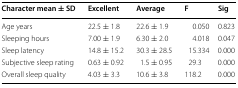
<table><thead><tr><td><b>Character mean ± SD</b></td><td><b>Excellent</b></td><td><b>Average</b></td><td><b>F</b></td><td><b>Sig</b></td></tr></thead><tbody><tr><td>Age years</td><td>22.5 ± 1.8</td><td>22.6 ± 1.9</td><td>0.050</td><td>0.823</td></tr><tr><td>Sleeping hours</td><td>7.00 ± 1.9</td><td>6.30 ± 2.0</td><td>4.018</td><td>0.047</td></tr><tr><td>Sleep latency</td><td>14.8 ± 15.2</td><td>30.3 ± 28.5</td><td>15.334</td><td>0.000</td></tr><tr><td>Subjective sleep rating</td><td>0.63 ± 0.92</td><td>1.5 ± 0.95</td><td>29.3</td><td>0.000</td></tr><tr><td>Overall sleep quality</td><td>4.03 ± 3.3</td><td>10.6 ± 3.8</td><td>118.2</td><td>0.000</td></tr></tbody></table>